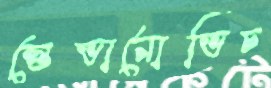
স্তেভানোভিচ